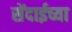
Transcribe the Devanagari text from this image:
सेंदाईच्या